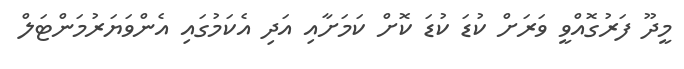
މީދޫ ފަރުގޮއްވީ ވަރަށް ކުޑަ ކުޑަ ކޮށް ކަމަށާއި އަދި އެކަމުގައި އެންވަޔަރުމަންޓަލް